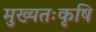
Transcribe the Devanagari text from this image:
मुख्यतःकृषि